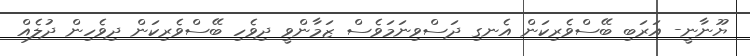
ޔޫނާނީ- އަރަބި ބޭސްވެރިކަން އެނގި ދަސްވިނަމަވެސް ޒަމާންވީ ދިވެހި ބޭސްވެރިކަން ދިވެހިން ދުލެއް